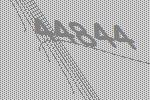
44844